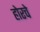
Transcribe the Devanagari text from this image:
होरचे